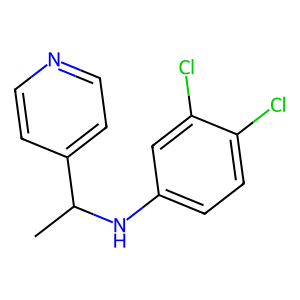
SMILES: CC(Nc1ccc(Cl)c(Cl)c1)c1ccncc1
Inhibits HIV replication: No